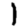
Digit: 1